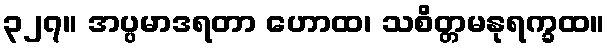
၃၂၇။ အပ္ပမာဒရတာ ဟောထ၊ သစိတ္တမနုရက္ခထ။